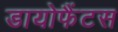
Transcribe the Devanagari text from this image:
डायोफैंटस